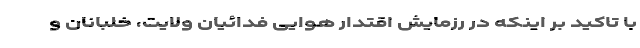
با تاکید بر اینکه در رزمایش اقتدار هوایی فدائیان ولایت، خلبانان و